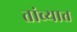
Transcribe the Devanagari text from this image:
तांब्यात